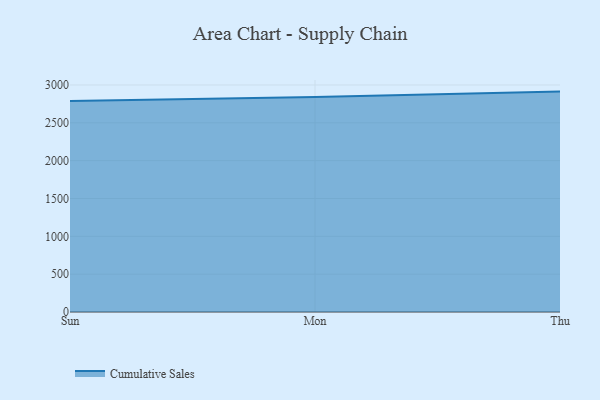
{"axis": {"x": "Day", "y": "Page Views"}, "legend": ["Cumulative Sales"], "data": [{"x": "Sun", "y": 2786.7, "type": "Cumulative Sales"}, {"x": "Mon", "y": 2840.1, "type": "Cumulative Sales"}, {"x": "Thu", "y": 2912.3, "type": "Cumulative Sales"}]}